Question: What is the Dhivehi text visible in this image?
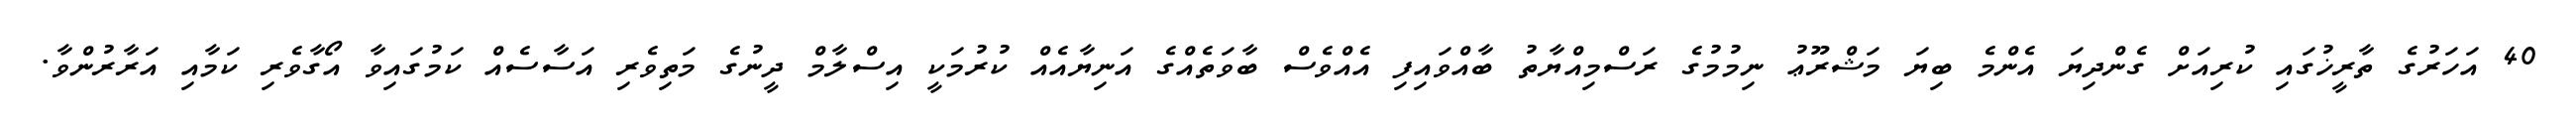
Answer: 40 އަހަރުގެ ތާރީޚުގައި ކުރިއަށް ގެންދިޔަ އެންމެ ބިޔަ މަޝްރޫޢު ނިމުމުގެ ރަސްމިއްޔާތު ބާއްވައިފި އެއްވެސް ބާވަތެއްގެ އަނިޔާއެއް ކުރުމަކީ އިސްލާމް ދީނުގެ މަތިވެރި އަސާސެއް ކަމުގައިވާ އޯގާވެރި ކަމާއި އަރާރުންވާ.